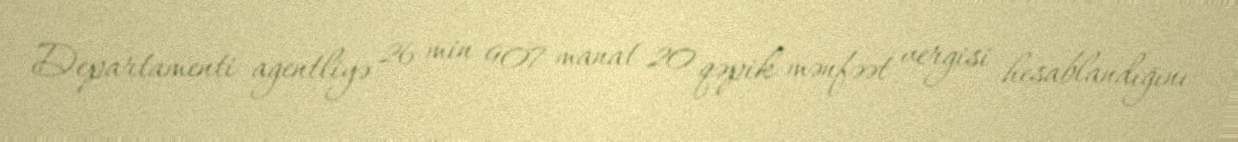
Departamenti agentliyə 26 min 907 manat 20 qəpik mənfəət vergisi hesablandığını